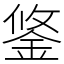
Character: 鋚